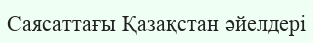
Саясаттағы Қазақстан әйелдері